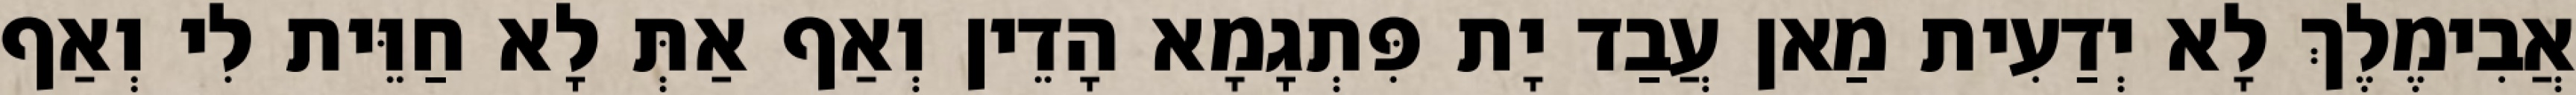
אֲבִימֶלֶךְ לָא יְדַעִית מַאן עֲבַד יָת פִּתְגָמָא הָדֵין וְאַף אַתְּ לָא חַוֵּית לִי וְאַף